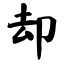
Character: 却